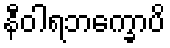
နီဝါရဘက္ခောပိ